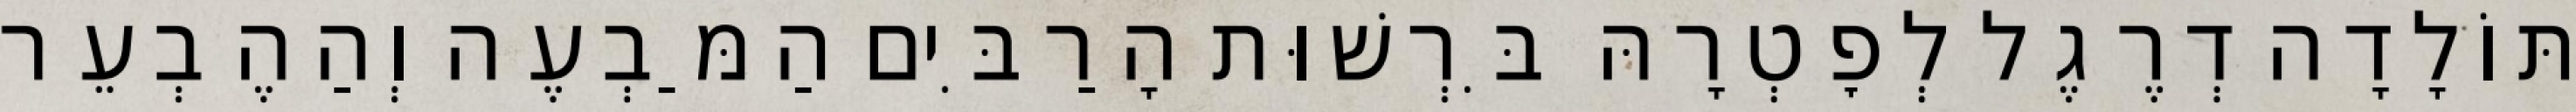
תּוֹלָדָה דְרֶגֶל לְפׇטְרָהּ בִּרְשׁוּת הָרַבִּים הַמַּבְעֶה וְהַהֶבְעֵר